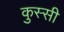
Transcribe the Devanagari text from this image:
कुस्सी